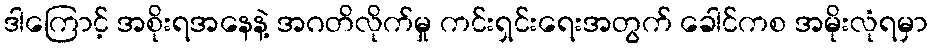
ဒါကြောင့် အစိုးရအနေနဲ့ အဂတိလိုက်မှု ကင်းရှင်းရေးအတွက် ခေါင်ကစ အမိုးလုံရမှာ